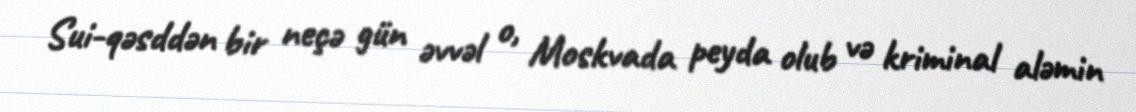
Sui-qəsddən bir neçə gün əvvəl o, Moskvada peyda olub və kriminal aləmin